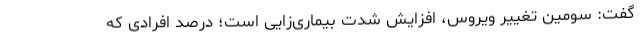
گفت: سومین تغییر ویروس، افزایش شدت بیماری‌زایی است؛ درصد افرادی که